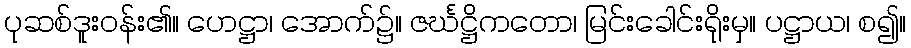
ပုဆစ်ဒူးဝန်း၏။ ဟေဋ္ဌာ၊ အောက်၌။ ဇင်္ဃဋ္ဌိကတော၊ မြင်းခေါင်းရိုးမှ။ ပဋ္ဌာယ၊ စ၍။